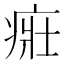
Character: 𤶜